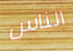
الناس